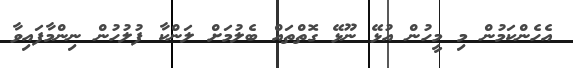
އެހެންކަމުން މި މީހުން އުޅޭ ނޫޅޭ ގޮތްތައް ބެލުމަށް ލަންކާ ފުލުހުން ނިންމާފައިވާ